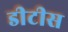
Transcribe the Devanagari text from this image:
डीटीस